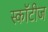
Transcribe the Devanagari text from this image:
स्कॉटीज